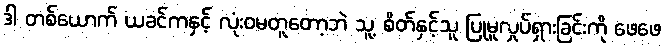
ဒါ တစ်ယောက် ယခင်ကနှင့် လုံးဝမတူတော့ဘဲ သူ့ စိတ်နှင့်သူ ပြုမူလှုပ်ရှားခြင်းကို ဖေဖေ